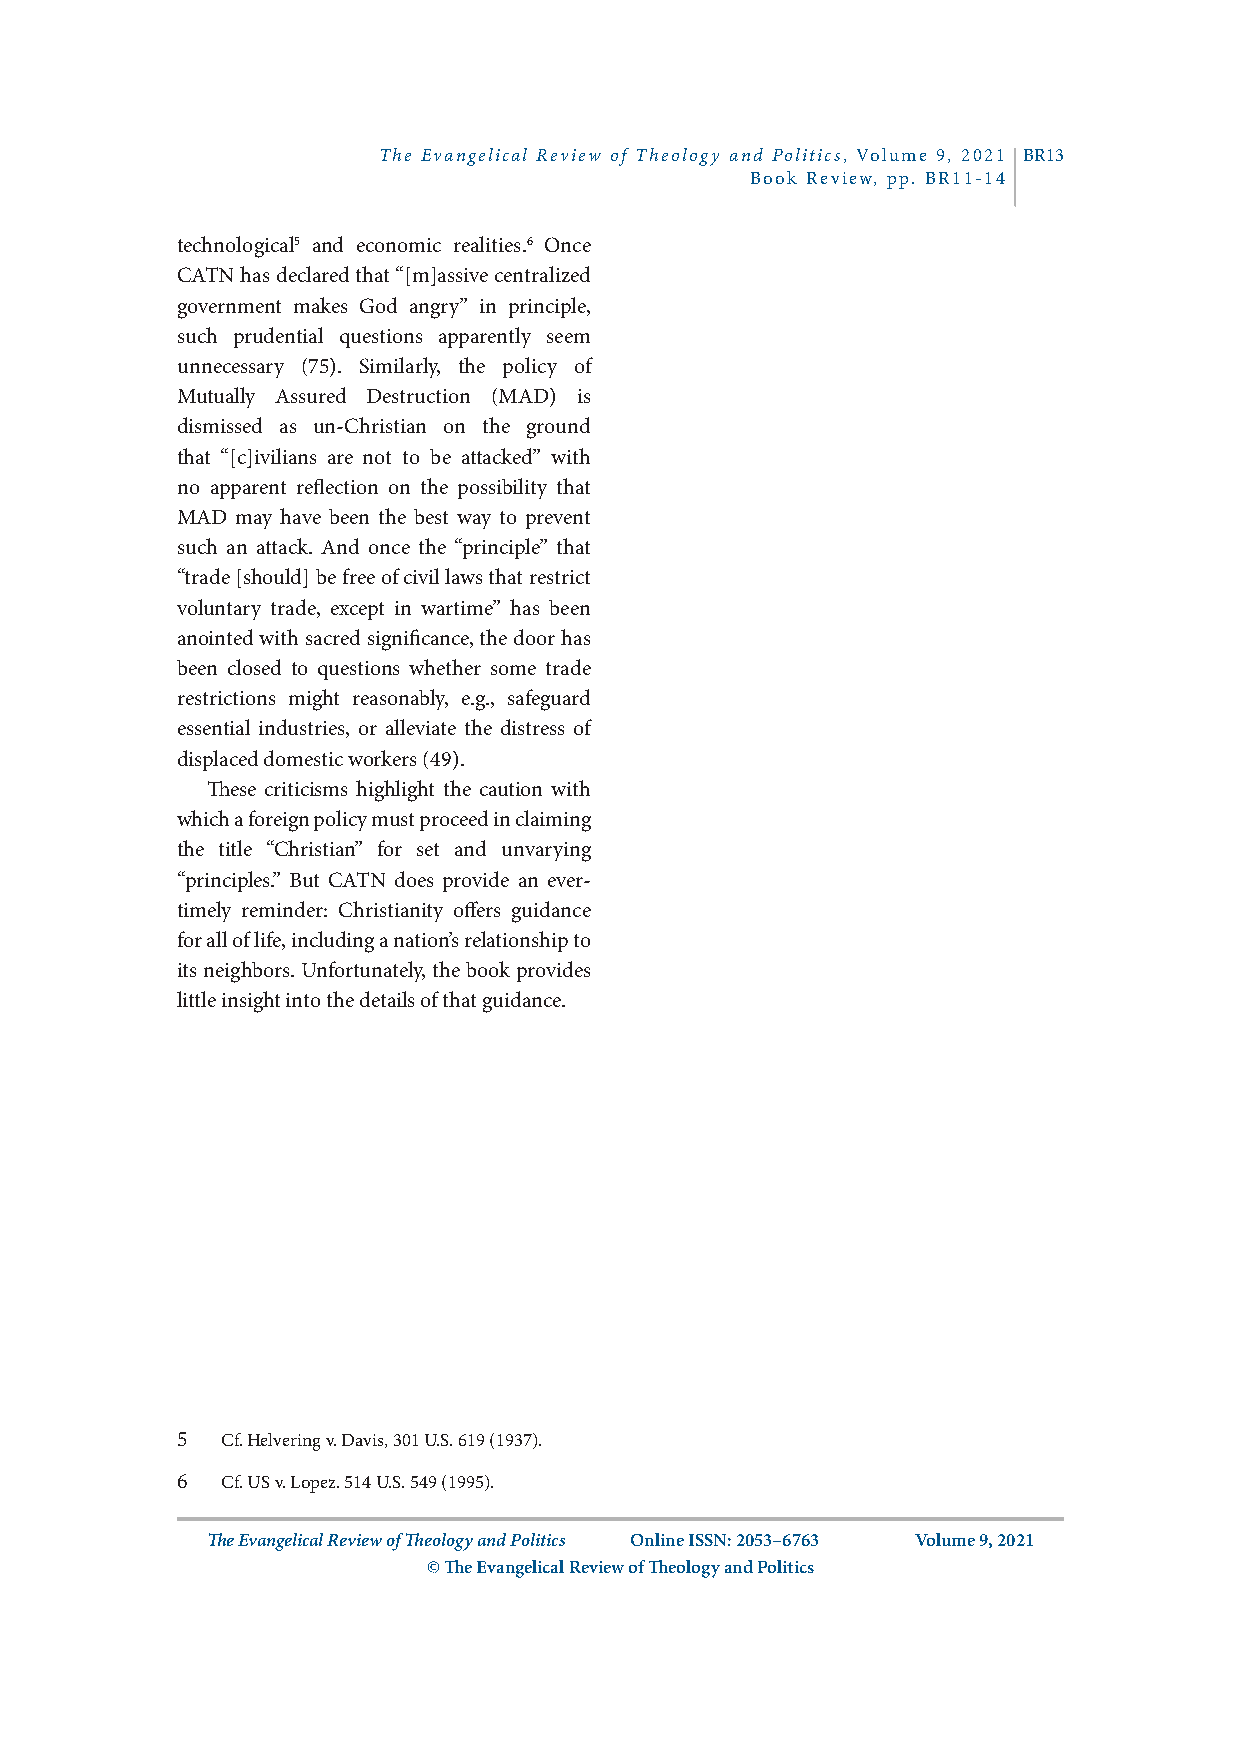
The Evangelical Review of Theology and Politics, Volume 9, 2021 BR13
 Book Review, pp. BR11-14
 technological5 and economic realities.6 Once
 CATN has declared that “[m]assive centralized
 government makes God angry” in principle,
 such prudential questions apparently seem
 unnecessary (75). Similarly, the policy of
 Mutually Assured Destruction (MAD) is
 dismissed as un-Christian on the ground
 that “[c]ivilians are not to be attacked” with
 no apparent reflection on the possibility that
 MAD may have been the best way to prevent
 such an attack. And once the “principle” that
 “trade [should] be free of civil laws that restrict
 voluntary trade, except in wartime” has been
 anointed with sacred significance, the door has
 been closed to questions whether some trade
 restrictions might reasonably, e.g., safeguard
 essential industries, or alleviate the distress of
 displaced domestic workers (49).
 These criticisms highlight the caution with
 which a foreign policy must proceed in claiming
 the title “Christian” for set and unvarying
 “principles.” But CATN does provide an ever-
 timely reminder: Christianity offers guidance
 for all of life, including a nation’s relationship to
 its neighbors. Unfortunately, the book provides
 little insight into the details of that guidance.
 5  Cf. Helvering v. Davis, 301 U.S. 619 (1937).
 6  Cf. US v. Lopez. 514 U.S. 549 (1995).
 The Evangelical Review of Theology and Politics Online ISSN: 2053–6763 Volume 9, 2021
 © The Evangelical Review of Theology and Politics